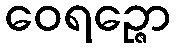
ဝေရဉ္ဇော